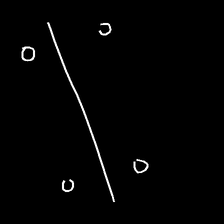
Glyph: cool